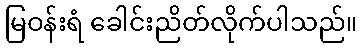
မြဝန်းရံ ခေါင်းညိတ်လိုက်ပါသည်။